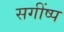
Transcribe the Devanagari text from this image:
सगींष्प